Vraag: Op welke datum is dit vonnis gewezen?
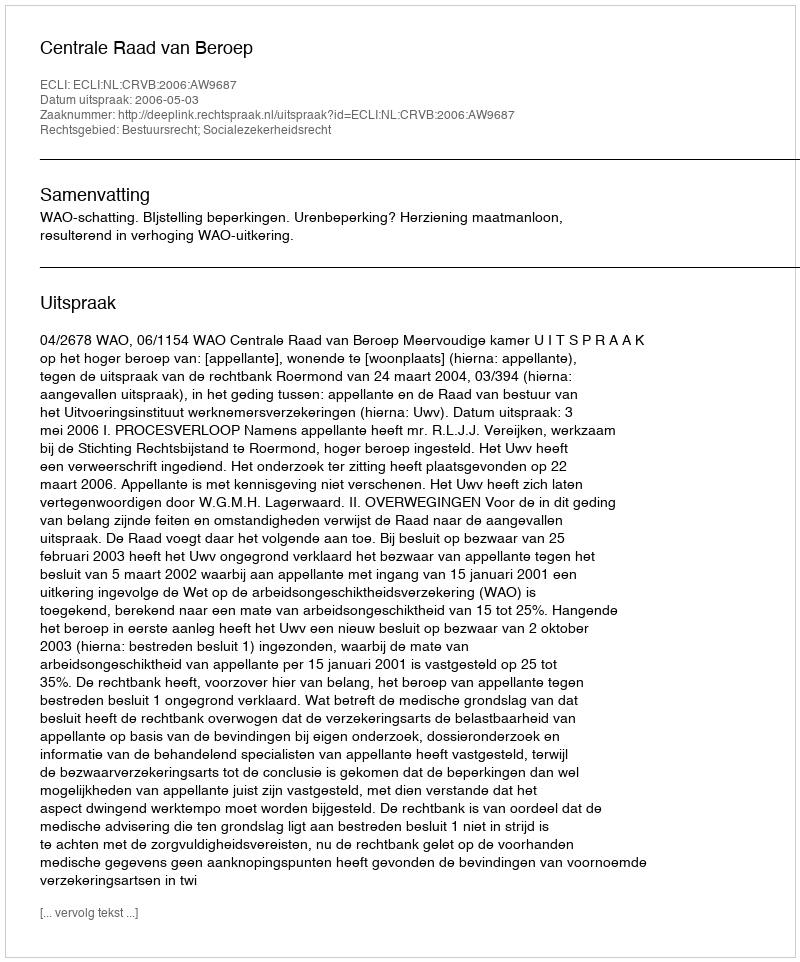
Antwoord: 2006-05-03